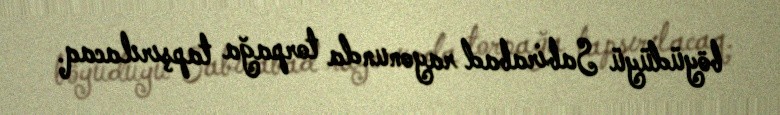
böyüdüyü Sabirabad rayonunda torpağa tapşırılacaq.